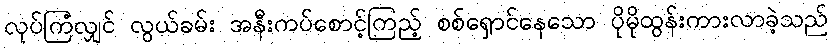
လုပ်ကြံလျှင် လွယ်ခမ်း အနီးကပ်စောင့်ကြည့် စစ်ရှောင်နေသော ပိုမိုထွန်းကားလာခဲ့သည်